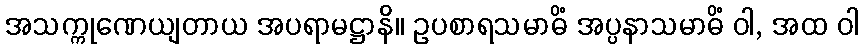
အသက္ကုဏေယျတာယ အပရာမဋ္ဌာနိ။ ဥပစာရသမာဓိံ အပ္ပနာသမာဓိံ ဝါ, အထ ဝါ